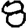
Digit: 8